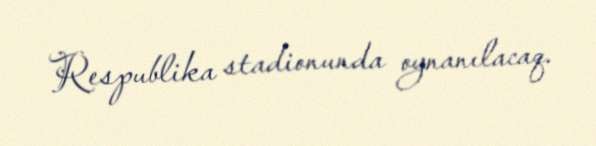
Respublika stadionunda oynanılacaq.